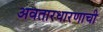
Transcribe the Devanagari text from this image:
अवतारधारणाची